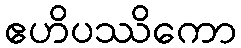
ဧဟိပဿိကော